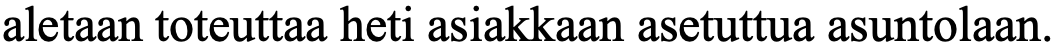
aletaan toteuttaa heti asiakkaan asetuttua asuntolaan.